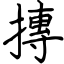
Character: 摶